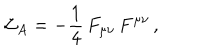
{ \cal L } _ { A } = - \frac { 1 } { 4 } \, F _ { \mu \nu } \, F ^ { \mu \nu } \, ,